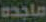
ماجده